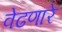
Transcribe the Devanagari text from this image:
वेढणारे